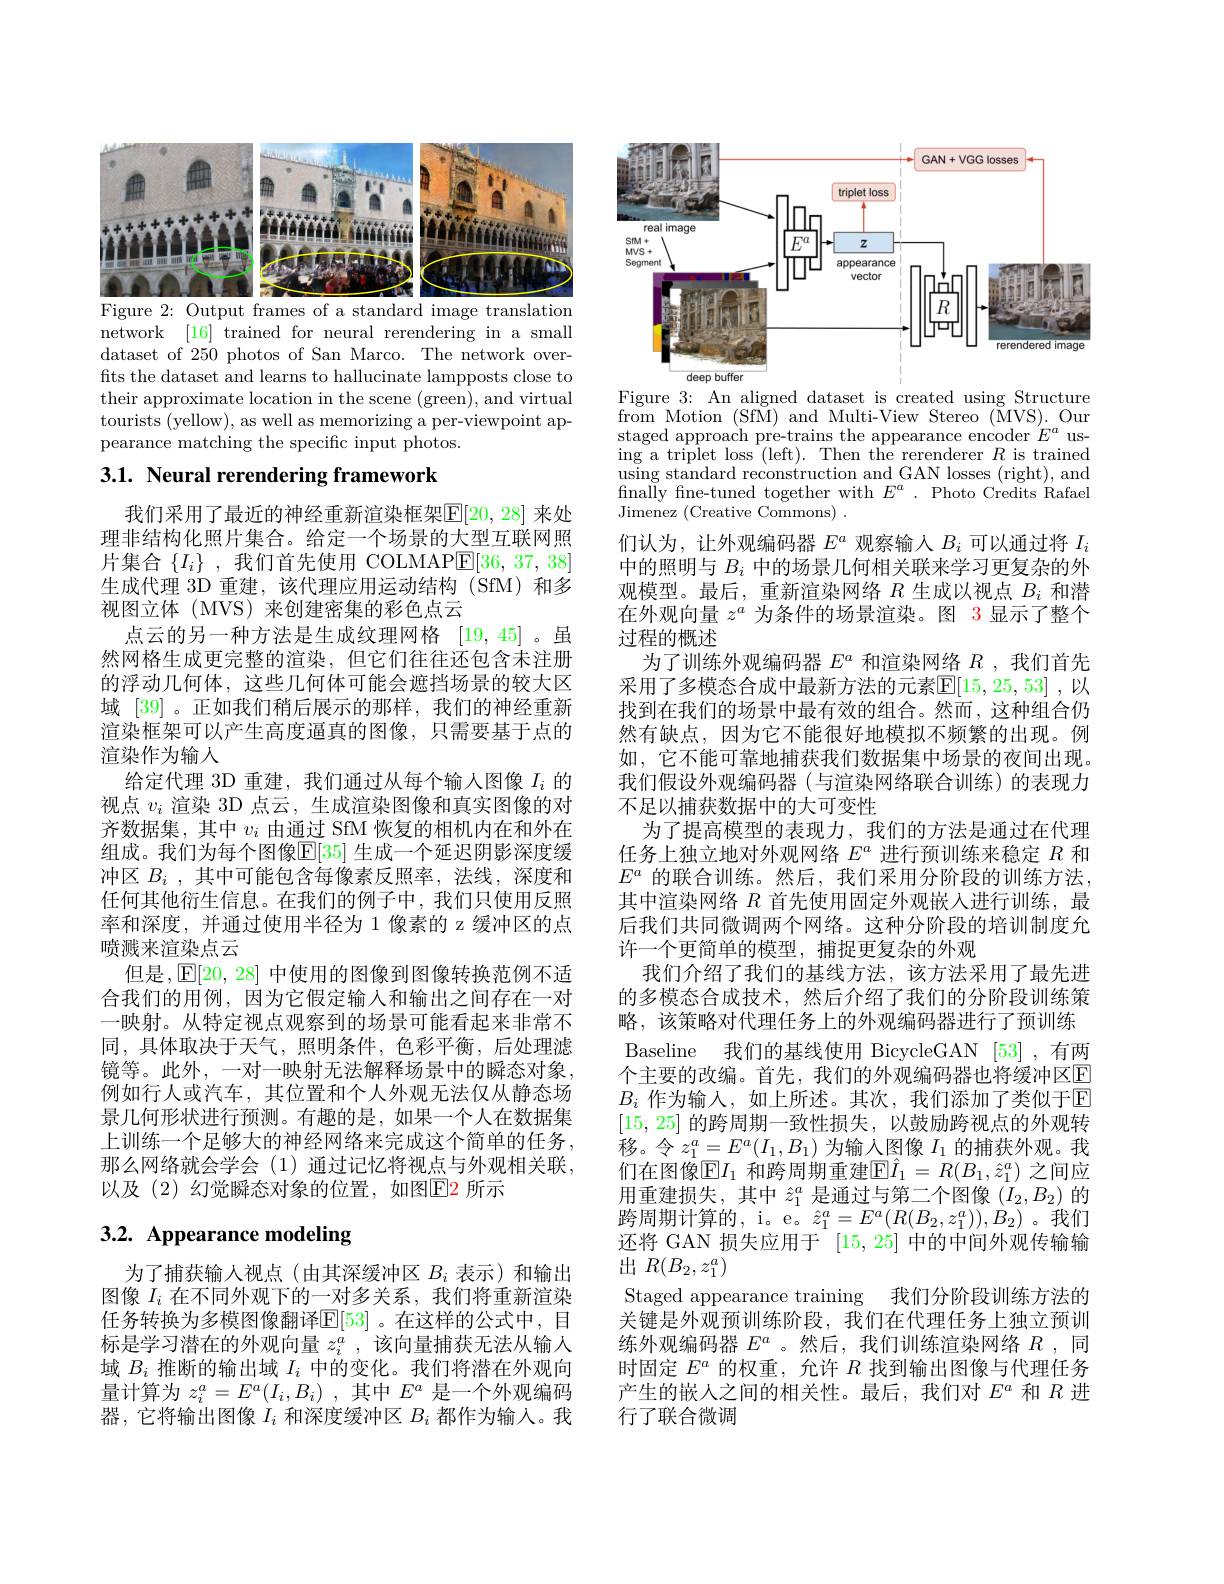
<FigureHere>
Figure 2: Output frames of a standard image translation

network [16] trained for neural rerendering in a small dataset of 250 photos of San Marco. The network overfts the dataset and learns to hallucinate lampposts close to their approximate location in the scene (green), and virtual tourists (yellow), as well as memorizing a per-viewpoint appearance matching the specific input photos.

## 3.1. Neural rerendering framework

我们采用了最近的神经重新渲染框架$\overline{\mathrm{E}}[20,28]$ 来处理非结构化照片集合。给定一个场景的大型互联网照片集合$\{I_i\}$ ,我们首先使用 COLMAP[36,37,38] 生成代理 3D 重建，该代理应用运动结构 (SfM) 和多视图立体(MVS)来创建密集的彩色点云
点云的另一种方法是生成纹理网格 [19,45]。虽然网格生成更完整的渲染，但它们往往还包含未注册的浮动几何体，这些几何体可能会遮挡场景的较大区域 [39] 。正如我们稍后展示的那样，我们的神经重新渲染框架可以产生高度逼真的图像，只需要基于点的渲染作为输人
给定代理 3D 重建，我们通过从每个输人图像$I_{i}$的视点$v_i$渲染 3D 点云，生成渲染图像和真实图像的对齐数据集，其中$v_i$由通过 SfM 恢复的相机内在和外在组成。我们为每个图像$\mathbb{E}[35]$ 生成一个延迟阴影深度缓冲区$B_i$ ,其中可能包含每像素反照率，法线，深度和任何其他衍生信息。在我们的例子中，我们只使用反照率和深度，并通过使用半径为 1 像素的 z 缓冲区的点喷溅来渲染点云
但是，E[20, 28] 中使用的图像到图像转换范例不适合我们的用例，因为它假定输入和输出之间存在一对一映射。从特定视点观察到的场景可能看起来非常不同，具体取决于天气，照明条件，色彩平衡，后处理滤镜等。此外，一对一映射无法解释场景中的瞬态对象， 例如行人或汽车，其位置和个人外观无法仅从静态场景几何形状进行预测。有趣的是，如果一个人在数据集上训练一个足够大的神经网络来完成这个简单的任务， 那么网络就会学会(1)通过记忆将视点与外观相关联， 以及 (2) 幻觉瞬态对象的位置，如图$\boxed{\mathrm{E}}$2 所示

## $3. 2. \textbf{ Appearance modeling}$

为了捕获输人视点(由其深缓冲区$B_i$表示)和输出图像$I_i$在不同外观下的一对多关系，我们将重新渲染任务转换为多模图像翻译$\mathbb{E}[53]$ 。在这样的公式中，目标是学习潜在的外观向量$z_i^a$,该向量捕获无法从输入域$B_i$推断的输出域$I_i$中的变化。我们将潜在外观向量计算为$z_i^a=E^a(I_i,B_i)$ ,其中$E^a$是一个外观编码器，它将输出图像$I_i$和深度缓冲区$B_i$都作为输人。我

<FigureHere>

Figure 3: An aligned dataset is created using Structure from Motion (SfM) and Multi-View Stereo (MVS). Our staged approach pre-trains the appearance encoder $E^a$ using a triplet loss (left). Then the rerenderer $R$ is trained $\bar{\text{using standard reconstruction and GAN losses (right), and}}$ finally fine-tuned together with $E^a.$ Photo Credits Rafael Jimenez (Creative Commons) .
们认为，让外观编码器$E^a$观察输人$B_i$可以通过将$I_i$ 中的照明与$B_i$中的场景几何相关联来学习更复杂的外观模型。最后，重新渲染网络$R$生成以视点$B_i$和潜在外观向量$z^a$为条件的场景渲染。图 3 显示了整个过程的概述
为了训练外观编码器$E^a$和渲染网络$R$ ,我们首先采用了多模态合成中最新方法的元素$\mathbb{E}[15,25,53]$ ,以找到在我们的场景中最有效的组合。然而，这种组合仍然有缺点，因为它不能很好地模拟不频繁的出现。例如，它不能可靠地捕获我们数据集中场景的夜间出现。我们假设外观编码器(与渲染网络联合训练)的表现力不足以捕获数据中的大可变性
为了提高模型的表现力，我们的方法是通过在代理任务上独立地对外观网络$E^a$进行预训练来稳定$R$和$E^a$的联合训练。然后，我们采用分阶段的训练方法， 其中渲染网络$R$首先使用固定外观嵌人进行训练，最后我们共同微调两个网络。这种分阶段的培训制度允许一个更简单的模型，捕捉更复杂的外观
我们介绍了我们的基线方法，该方法采用了最先进的多模态合成技术，然后介绍了我们的分阶段训练策略，该策略对代理任务上的外观编码器进行了预训练Baseline 我们的基线使用 BicycleGAN [53] ,有两个主要的改编。首先，我们的外观编码器也将缓冲区E $B_i$作为输入，如上所述。其次，我们添加了类似于E [15,25]的跨周期一致性损失，以鼓励跨视点的外观转移。令$z_1^a=E^a(I_1,B_1)$为输入图像$I_1$的捕获外观。我们在图像$\bar{\mathbb{E}}I_1$ 和跨周期重建$\boxed{\mathbb{F}}\hat{I}_1=R(B_1,\hat{z}_1^a)$ 之间应用重建损失，其中$\hat{z}_1^a$是通过与第二个图像$(I_2,B_2)$的跨周期计算的，i。e。$\hat{z}_1^a=E^a(R(B_2,z_1^a)),\dot{B}_2)$。我们还将 GAN 损失应用于[15,25]中的中间外观传输输${\widetilde{\text{出 }} }$ $R( B_{2}, z_{1}^{a})$
Staged appearance training 我们分阶段训练方法的关键是外观预训练阶段，我们在代理任务上独立预训练外观编码器$E^a$ 。然后，我们训练渲染网络$R$ ,同时固定$E^a$的权重，允许$R$找到输出图像与代理任务产生的嵌人之间的相关性。最后，我们对$E^a$和$R$进行了联合微调